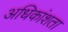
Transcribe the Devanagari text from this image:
अधिकांशता